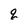
Character: q